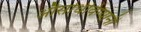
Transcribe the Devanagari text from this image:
औसधिविग्यानी